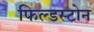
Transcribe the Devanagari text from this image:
फिल्डस्टोन